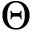
\Theta